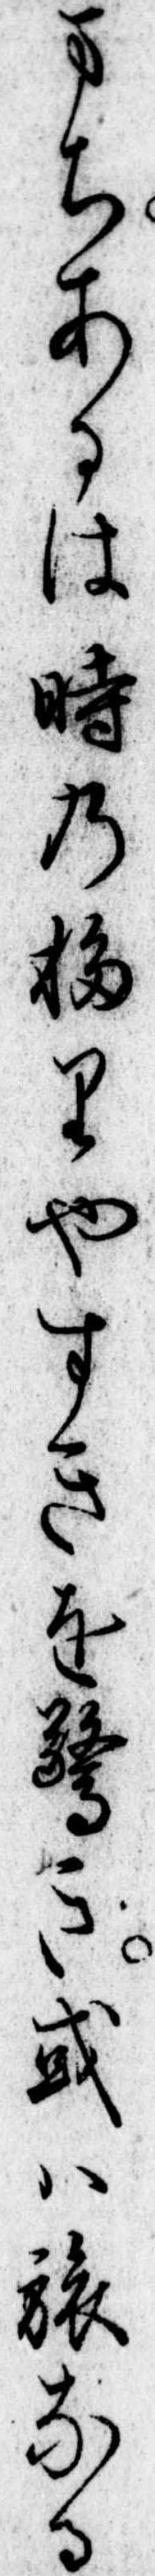
まちあるは時の移りやすきを驚き或は旅なる